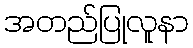
အတည်ပြုလူနာ